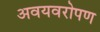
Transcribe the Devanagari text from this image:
अवयवरोपण